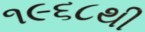
૧૯૬૮થી